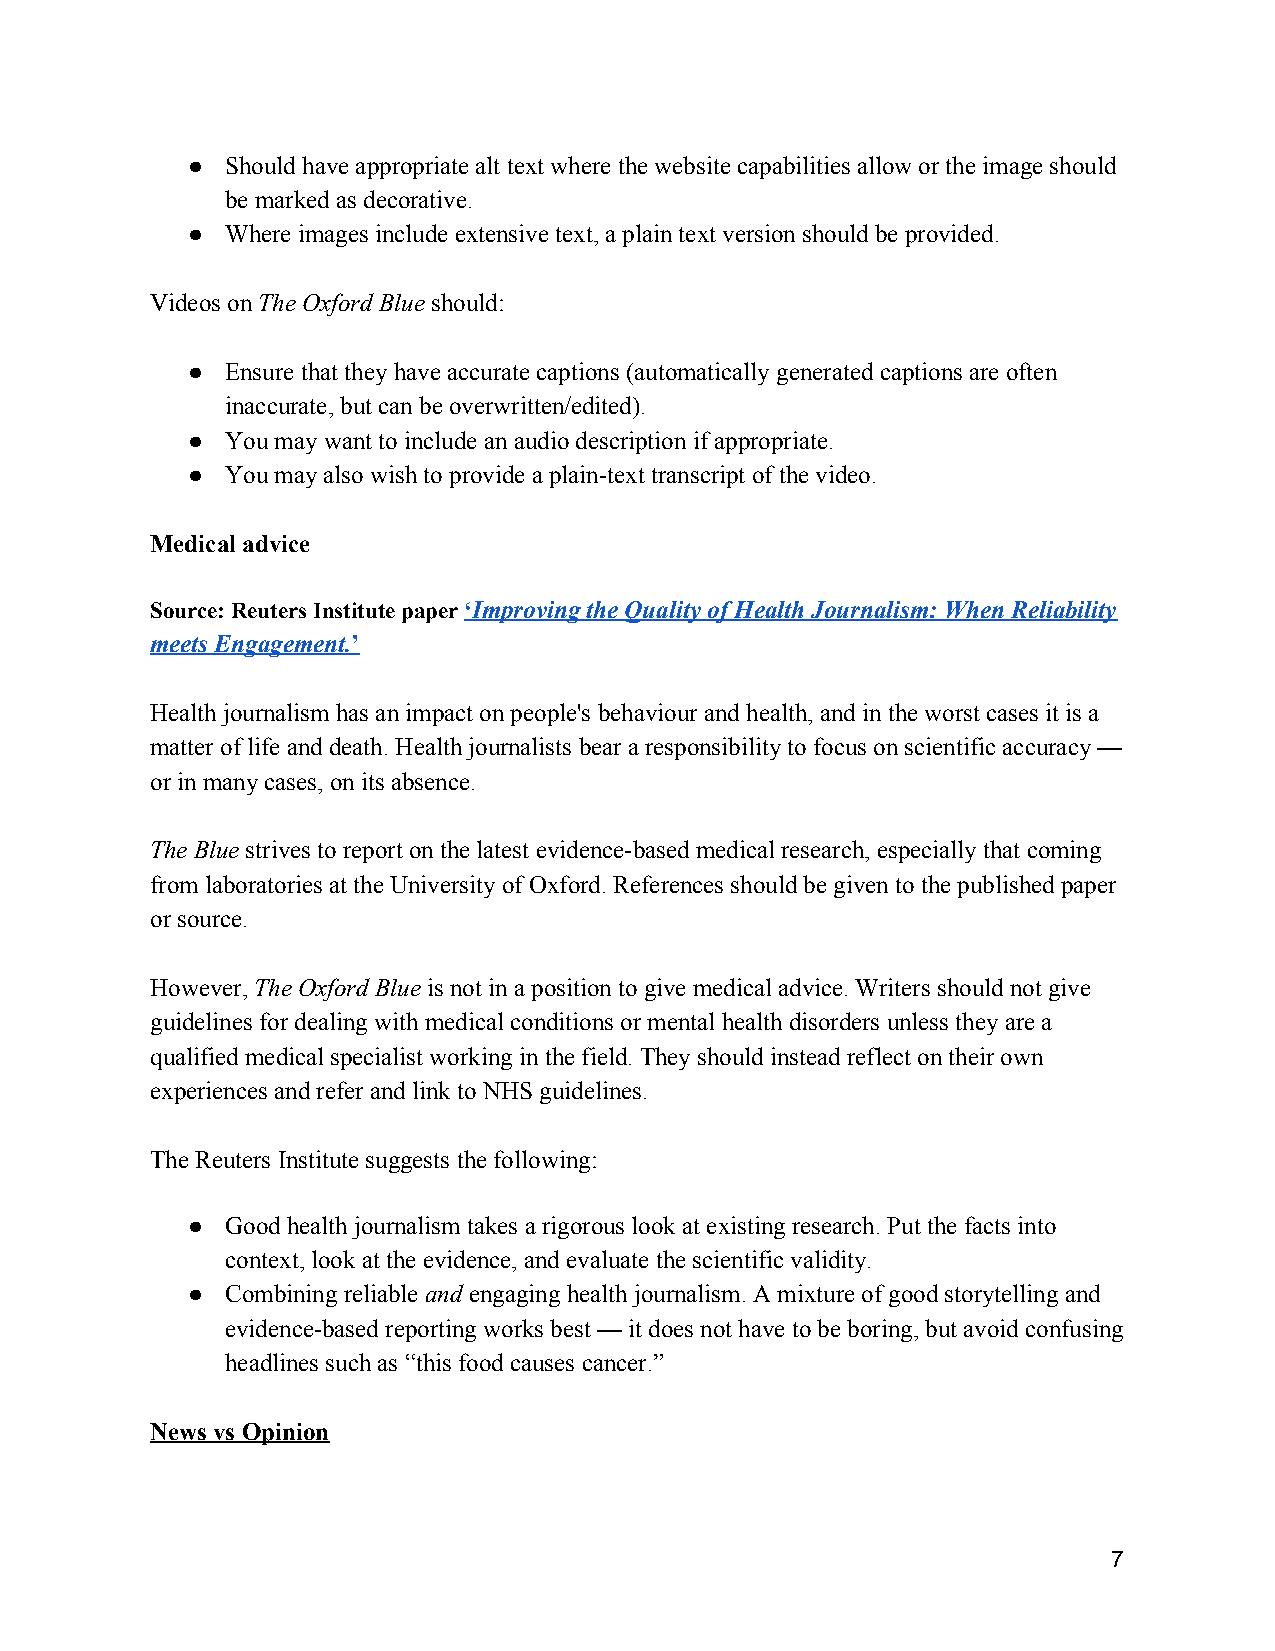
●  Should have appropriate alt text where the website capabilities allow or the image should
 be marked as decorative.
 ●  Where images include extensive text, a plain text version should be provided.
 Videos on The Oxford Blue should:
 ​          ​
 ●  Ensure that they have accurate captions (automatically generated captions are often
 inaccurate, but can be overwritten/edited).
 ●  You may want to include an audio description if appropriate.
 ●  You may also wish to provide a plain-text transcript of the video.
 Medical advice
 Source: Reuters Institute paper ‘Improving the Quality of Health Journalism: When Reliability
 ​ ​
 meets Engagement.’
 ​
 Health journalism has an impact on people's behaviour and health, and in the worst cases it is a
 matter of life and death. Health journalists bear a responsibility to focus on scientific accuracy —
 or in many cases, on its absence.
 The Blue strives to report on the latest evidence-based medical research, especially that coming
 ​
 from laboratories at the University of Oxford. References should be given to the published paper
 or source.
 However, The Oxford Blue is not in a position to give medical advice. Writers should not give
 ​          ​
 guidelines for dealing with medical conditions or mental health disorders unless they are a
 qualified medical specialist working in the field. They should instead reflect on their own
 experiences and refer and link to NHS guidelines.
 The Reuters Institute suggests the following:
 ●  Good health journalism takes a rigorous look at existing research. Put the facts into
 context, look at the evidence, and evaluate the scientific validity.
 ●  Combining reliable and engaging health journalism. A mixture of good storytelling and
 ​ ​
 evidence-based reporting works best — it does not have to be boring, but avoid confusing
 headlines such as “this food causes cancer.”
 News vs Opinion
 7